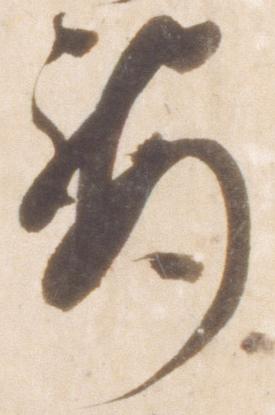
要